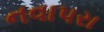
નવાપરા